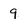
Character: 9